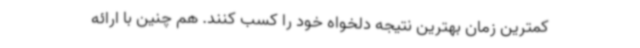
کمترین زمان بهترین نتیجه دلخواه خود را کسب کنند. هم چنین با ارائه